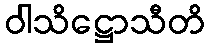
ဝါသိဋ္ဌောသီတိ